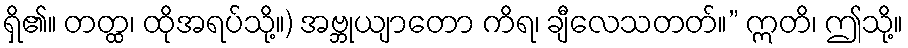
ရှိ၏။ တတ္ထ၊ ထိုအရပ်သို့။) အဗ္ဘုယျာတော ကိရ၊ ချီလေသတတ်။” ဣတိ၊ ဤသို့။